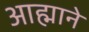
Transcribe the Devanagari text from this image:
आह्माने